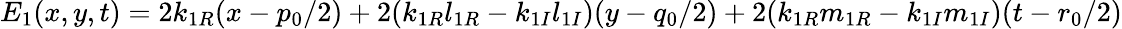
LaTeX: E_{1}(x,y,t)=2k_{1R}(x-{p_{0}}/{2})+2(k_{1R}l_{1R}-k_{1I}l_{1I})(y-{q_{0}}/{2})+2(k_{1R}m_{1R}-k_{1I}m_{1I})(t-{r_{0}}/{2})